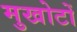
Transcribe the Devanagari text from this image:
मुखोटों